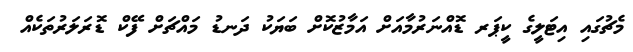
މެޗުގައި އިޓަލީގެ ކީޕަރ ޑޮއްނަރުމާއަށް އަމާޒުކޮށް ބަޔަކު ދަނޑު މައްޗަށް ފޭކް ޑޮރަލަރުތަކެއް